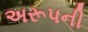
અરૂપની